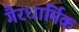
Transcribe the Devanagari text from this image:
गैरधार्मिक